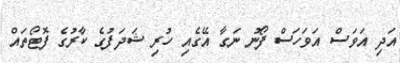
އަދި އަވަސް އަވަހަސް ފޯނު ނަގާ އޭގެއި ހުރި ޝަދަފުގެ ކާރުގެ ފޮޓޯތައް